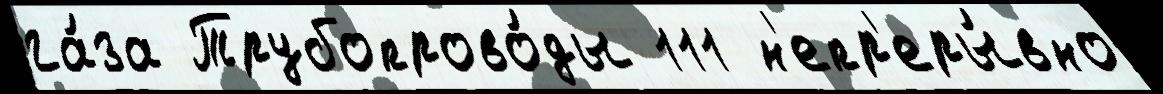
га́за Трубопрово́ды 111 н'епр'еры́вно